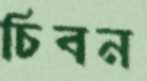
চিবন